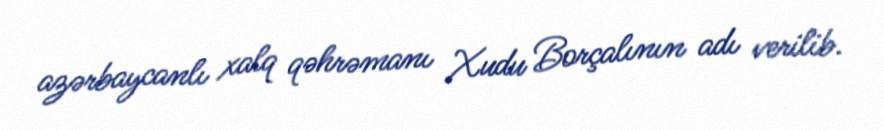
azərbaycanlı xalq qəhrəmanı Xudu Borçalının adı verilib.